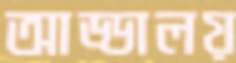
আড্ডালয়